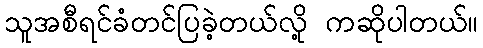
သူအစီရင်ခံတင်ပြခဲ့တယ်လို့ ကဆိုပါတယ်။